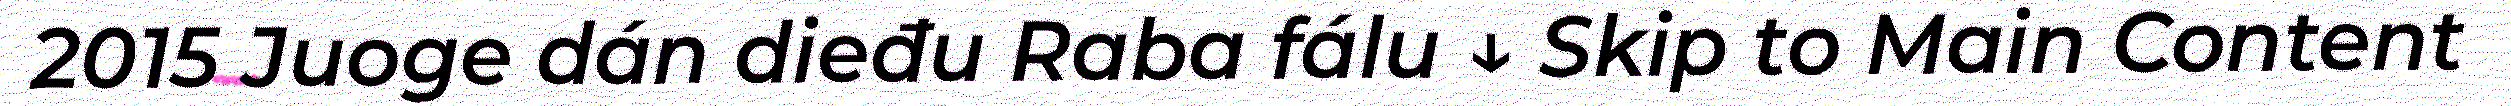
2015 Juoge dán dieđu Raba fálu ↓ Skip to Main Content